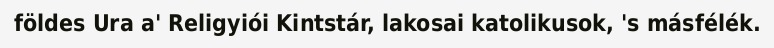
földes Ura a' Religyiói Kintstár, lakosai katolikusok, 's másfélék.